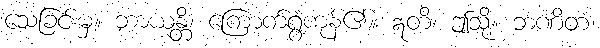
သေခြင်းမှ။ ဘာယန္တိ၊ ကြောက်ရွံ့ကုန်၏။ ဣတိ၊ ဤသို့။ ဘဏိတံ၊